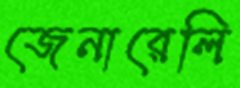
জেনারেলি